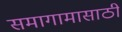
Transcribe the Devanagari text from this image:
समागामासाठी